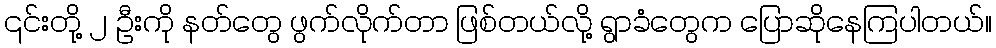
၎င်းတို့ ၂ ဦးကို နတ်တွေ ဖွက်လိုက်တာ ဖြစ်တယ်လို့ ရွာခံတွေက ပြောဆိုနေကြပါတယ်။